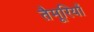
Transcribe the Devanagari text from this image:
तैमूरियों